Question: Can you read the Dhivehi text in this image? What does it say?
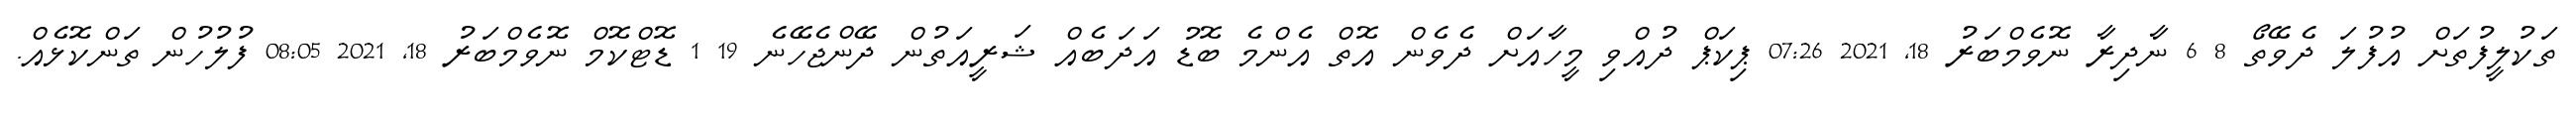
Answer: ތަކުލީފުތަށް އުފުލަ ދެވޭތޯ 8 6 ނާދިރާ ނޮވެމްބަރު 18, 2021 07:26 ޕިކަޕް ދުއްވި މީހާއަށް ދެވެން އޮތް އެންމެ ބޮޑު އަދަބެއް ޝަރީއަތުން ދޭންޖެހޭނެ 19 1 ޑޮޓްކޮމް ނޮވެމްބަރު 18, 2021 08:05 ފުލުހުން ތަންކޮޅެއް.